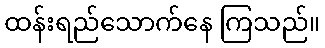
ထန်းရည်သောက်နေ ကြသည်။